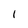
Character: 1